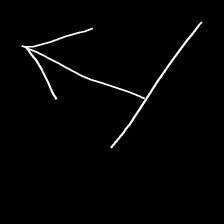
Glyph: levitation